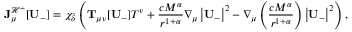
{ \bf J } _ { \mu } ^ { \mathcal { H } ^ { + } } [ \mathbf { U } _ { - } ] = \chi _ { \widetilde { \delta } } \left( \mathbf { T } _ { \mu \nu } [ \mathbf { U } _ { - } ] T ^ { \nu } + \frac { c M ^ { \alpha } } { r ^ { 1 + \alpha } } \nabla _ { \mu } \left| \mathbf { U } _ { - } \right| ^ { 2 } - \nabla _ { \mu } \left( \frac { c M ^ { \alpha } } { r ^ { 1 + \alpha } } \right) \left| \mathbf { U } _ { - } \right| ^ { 2 } \right) ,